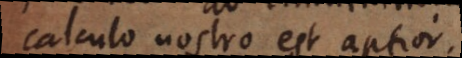
calculo nostro est aptior.